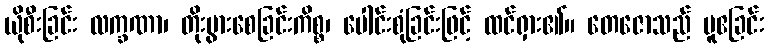
ယိုစီးခြင်း လက္ခဏာ၊ တိုးပွားစေခြင်းကိစ္စ၊ ပေါင်းစုံခြင်းဖြင့် ထင်ရှား၏။ တေဇောသည် ပူဧခြင်း